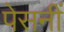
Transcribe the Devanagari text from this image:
पेसनीं